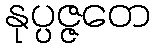
နုပ္ပဇ္ဇတေ